Aleksander_Warma, lk 18
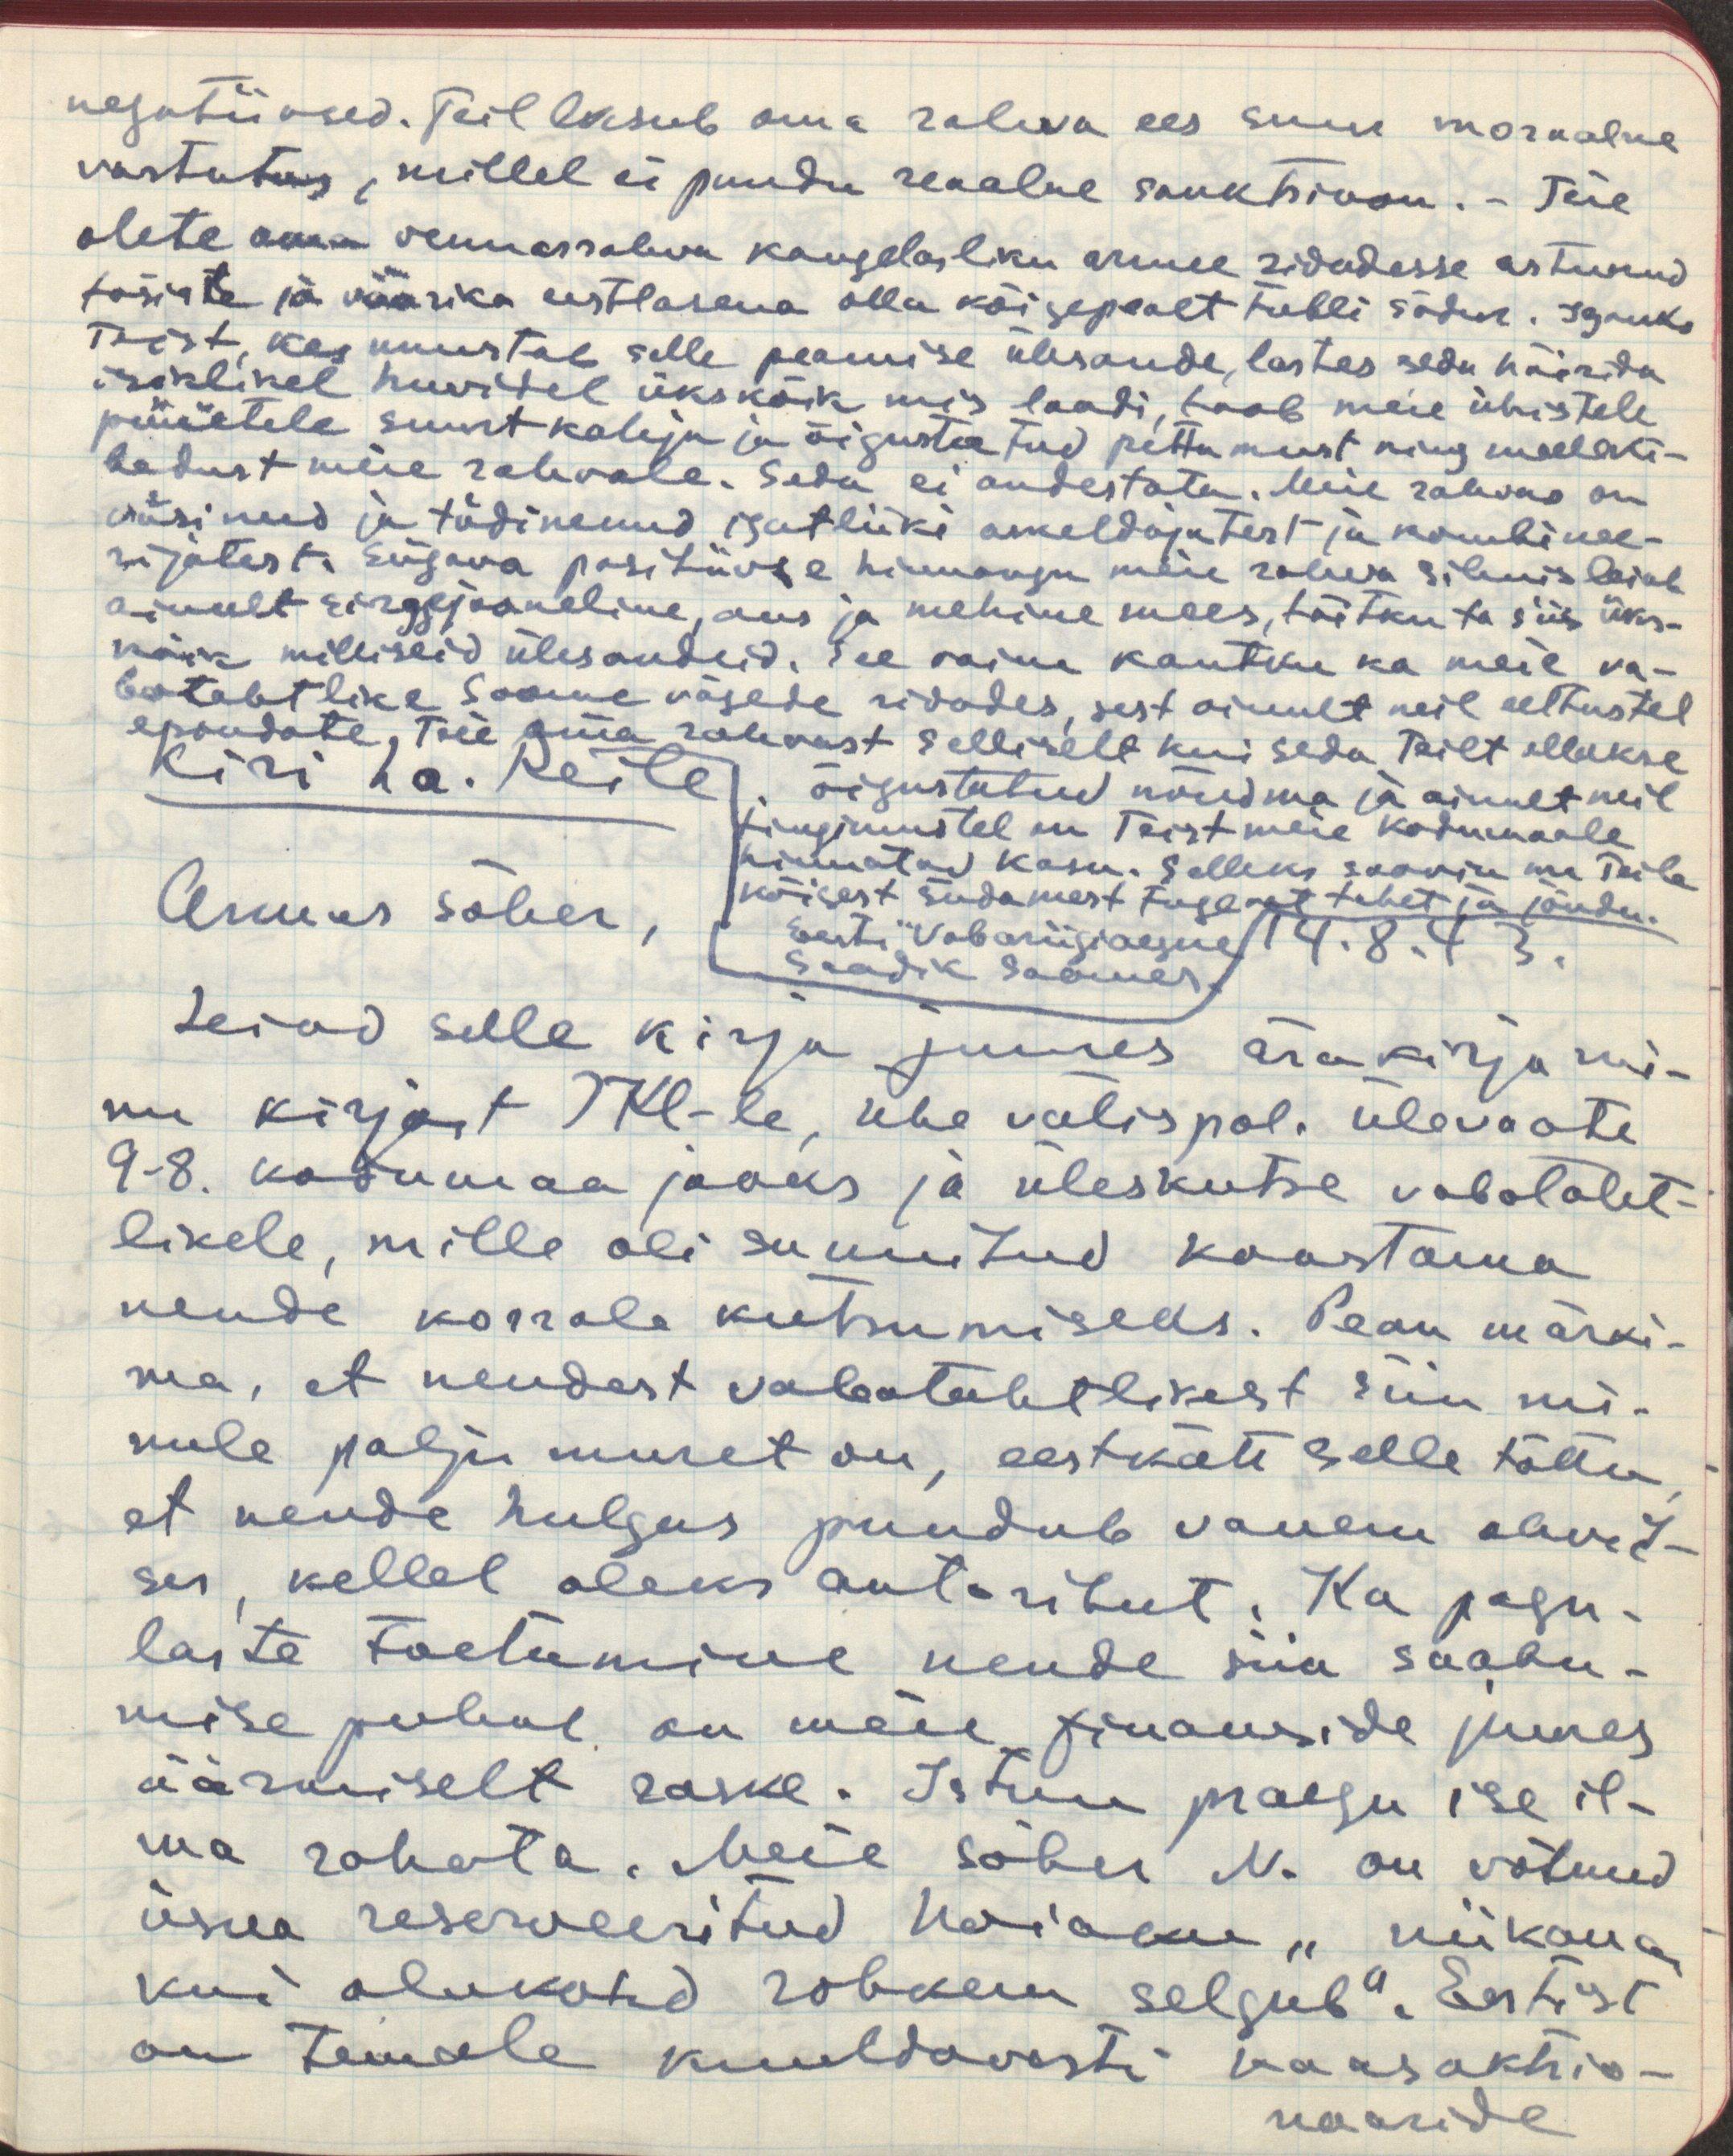
negatiivsed. Teil lasub oma rahva ees suur moraalne
vastutus, millel ei puudu reaalne sanktsioon.- Teie
olete oma vennasrahva kangelasliku armee ridadesse astunud
tõsiste ja väärika eestlasena olla kõigepealt tubli sõdur. Igauks
teist, kes unustab selle peamise ülesande, lastes seda häirida
isiklikel huvidel ükskõik mis laadi, toob meie ühistele
püüetele suurt kahju ja õigustatud pettumust ning meeleki-
bedust meie rahvale. Seda ei andestata. Meie rahvas on
väsinud ja tüdinenud igatliiki askeldajatest ja kombinee-
rijatest. Sügava positiivse hinnangu meie rahva silmis leiab
ainult sirgejooneline, aus ja mehine mees, täitku ta siis üks- 
kõik, milliseid ülesandeid. See vaim kantku ka meie va-
batahtlike Soome vägede ridades, sest ainult neil eeltustel
esindate Teie oma rahvast selliselt kui seda teilt ollakse
õigustatud nõudma ja ainult neil
tingimustel teist meie kodumaale
hinnatav kasu. Selleks soovin ma Teile
kõigest südamest tugevat tahet ja jõudu.
Eesti Vabariigiaegne
saadik Soomes.
Kiri ha. Reile.
14.8.43
Armas sõber,
Leiad selle kirja juure ärakirja mi-
nu kirjast IKL-le, ühe välispol. ülevaate
9-8. kodumaa jaoks ja üleskutse vabataht-
likele, mille oli sunnitud koostama
nende korrale kutsumiseks. Pean märki-
ma, et nendest vabatahtlikest siin mi-
nule palju muret on, eestkätt selle tõttu
et nende hulgas puudub vanem ohvit-
ser, kellel oleks autoriteet. Ka pagu-
laste toetamine nende siia saabu-
mise puhul on meie finanside juures
äärmiselt raske. Istun praegu ise il-
ma raheta. Meie sõber N. on võtnud
üsna reserveeritud hoiaku "niikaua,
kui olukord rohkem selgub". Eestist
on Temale kuuldavasti kaasaktsio-
naaride